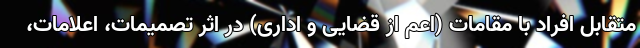
متقابل افراد با مقامات (اعم از قضایی و اداری) در اثر تصمیمات، اعلامات،